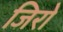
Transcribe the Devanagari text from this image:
जिरो